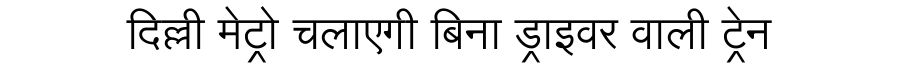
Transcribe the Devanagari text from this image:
दिल्ली मेट्रो चलाएगी बिना ड्राइवर वाली ट्रेन